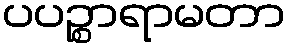
ပပဉ္စာရာမတာ